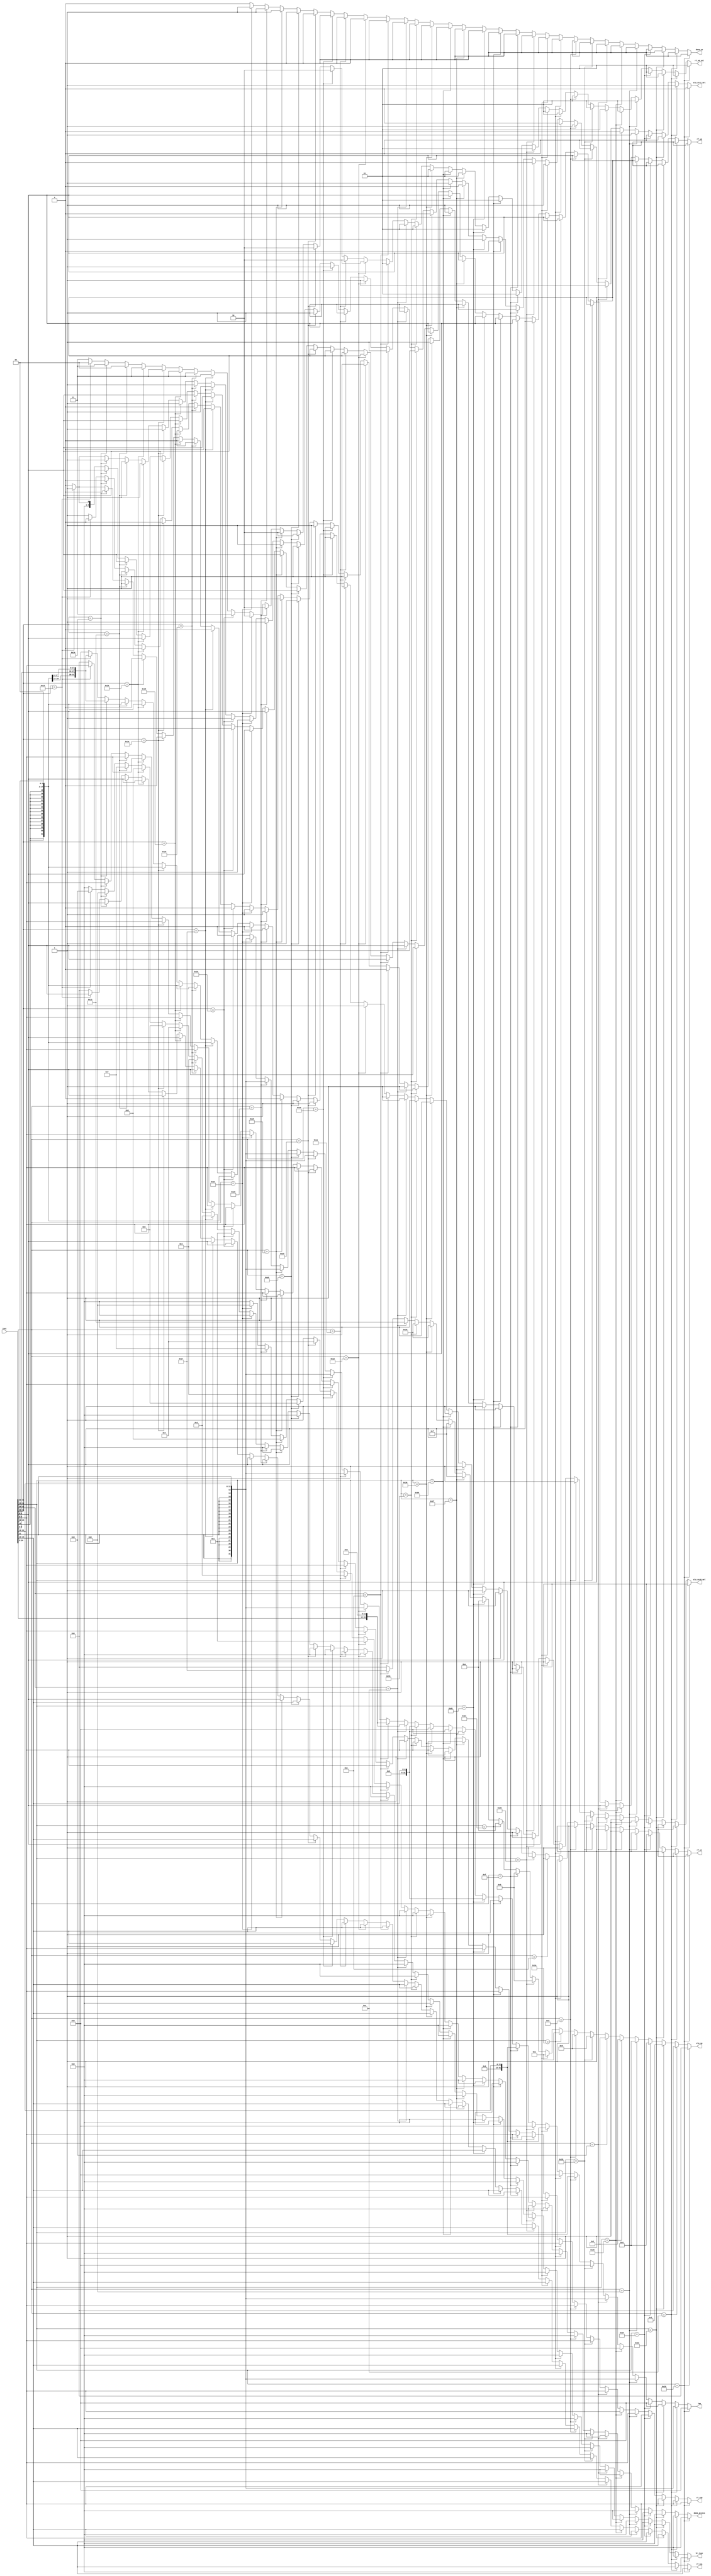
//`timescale 1ns / 1ps
//////////////////////////////////////////////////////////////////////////////////
// Company: 
// Engineer: 
// 
// Design Name: 
// Module Name: DECODE
// Project Name: 
// Target Devices: 
// Tool Versions: 
// Description: 
// 
// Dependencies: 
// 
// Revision:
// Revision 0.01 - File Created
// Additional Comments:
// 
//////////////////////////////////////////////////////////////////////////////////


module DECODE (
    input                   [31 : 0]            inst,

    output      reg         [ 4 : 0]            alu_op,

    output      reg         [ 3 : 0]            dmem_access,

    output      reg         [31 : 0]            imm,

    output      reg         [ 4 : 0]            rf_ra0,
    output      reg         [ 4 : 0]            rf_ra1,
    output      reg         [ 4 : 0]            rf_wa,
    output      reg         [ 0 : 0]            rf_we,
    output      reg         [ 1 : 0]            rf_wd_sel,

    output      reg         [ 0 : 0]            alu_src0_sel,
    output      reg         [ 0 : 0]            alu_src1_sel,

    output      reg         [ 3 : 0]            br_type,
    output      reg         [ 0 : 0]            dmem_we
);

always @(*) begin
    if(inst[31:15] == 17'b0000_0000_0001_00000)begin//add.w rd,rj,rk
        alu_op = 5'b00000;//0
        imm = 32'b0;
        rf_ra0 = inst[9 : 5];           //ra0 = rj
        rf_ra1 = inst[14:10];           //ra1 = rk
        rf_wa  = inst[4 : 0];           //wa  = rd
        rf_we  = 1'b1;
        alu_src0_sel = 1'b1;
        alu_src1_sel = 1'b0;

        dmem_access = 4'b0000;
        rf_wd_sel = 2'b01;
        br_type = 4'b0000;
        dmem_we = 1'b0;
    end

    else if(inst[31:22] == 10'b00000_01010)begin//addi.w rd,rj,si12
        alu_op = 5'b00000;//0
        imm = {{20{inst[21]}},inst[21:10]};
        rf_ra0 = inst[9 : 5];           //ra0 = rj
        rf_ra1 = inst[14:10];           //ra1 = rk
        rf_wa  = inst[4 : 0];           //wa  = rd
        rf_we  = 1'b1;
        alu_src0_sel = 1'b1;
        alu_src1_sel = 1'b1;

        dmem_access = 4'b0000;
        rf_wd_sel = 2'b01;
        br_type = 4'b0000;
        dmem_we = 1'b0;

    end

    else if(inst[31:15] == 17'b0000_0000_0001_00010)begin//sub.w rd,rj,rk
        alu_op = 5'b00010;//2
        imm = 32'b0;
        rf_ra0 = inst[9 : 5];           //ra0 = rj
        rf_ra1 = inst[14:10];           //ra1 = rk
        rf_wa  = inst[4 : 0];           //wa  = rd
        rf_we  = 1'b1;
        alu_src0_sel = 1'b1;
        alu_src1_sel = 1'b0;

        dmem_access = 4'b0000;
        rf_wd_sel = 2'b01;
        br_type = 4'b0000;
        dmem_we = 1'b0;

    end

    else if(inst[31:15] == 17'b0000_0000_0001_00100)begin//slt rd,rj,rk
        alu_op = 5'b00100;//4
        imm = 32'b0;
        rf_ra0 = inst[9 : 5];           //ra0 = rj
        rf_ra1 = inst[14:10];           //ra1 = rk
        rf_wa  = inst[4 : 0];           //wa  = rd
        rf_we  = 1'b1;
        alu_src0_sel = 1'b1;
        alu_src1_sel = 1'b0;

        dmem_access = 4'b0000;
        rf_wd_sel = 2'b01;
        br_type = 4'b0000;

        dmem_we = 1'b0;
    end

    else if(inst[31:22] == 10'b00000_01000)begin//slti.w rd,rj,si12
        alu_op = 5'b00100;//4
        imm = {{20{inst[21]}},inst[21:10]};
        rf_ra0 = inst[9 : 5];           //ra0 = rj
        rf_ra1 = inst[14:10];           //ra1 = rk
        rf_wa  = inst[4 : 0];           //wa  = rd
        rf_we  = 1'b1;
        alu_src0_sel = 1'b1;
        alu_src1_sel = 1'b1;

        dmem_access = 4'b0000;
        rf_wd_sel = 2'b01;
        br_type = 4'b0000;
        dmem_we = 1'b0;
    end

    else if(inst[31:15] == 17'b0000_0000_0001_00101)begin//sltu rd,rj,rk
        alu_op = 5'b00101;//5
        imm = 32'b0;
        rf_ra0 = inst[9 : 5];           //ra0 = rj
        rf_ra1 = inst[14:10];           //ra1 = rk
        rf_wa  = inst[4 : 0];           //wa  = rd
        rf_we  = 1'b1;
        alu_src0_sel = 1'b1;
        alu_src1_sel = 1'b0;

        dmem_access = 4'b0000;
        rf_wd_sel = 2'b01;
        br_type = 4'b0000;
        dmem_we = 1'b0;

    end

    else if(inst[31:22] == 10'b00000_01001)begin//sltui.w rd,rj,si12
        alu_op = 5'b00101;//5
        imm = {{20{inst[21]}},inst[21:10]};
        rf_ra0 = inst[9 : 5];           //ra0 = rj
        rf_ra1 = inst[14:10];           //ra1 = rk
        rf_wa  = inst[4 : 0];           //wa  = rd
        rf_we  = 1'b1;
        alu_src0_sel = 1'b1;
        alu_src1_sel = 1'b1;

        dmem_access = 4'b0000;
        rf_wd_sel = 2'b01;
        br_type = 4'b0000;

        dmem_we = 1'b0;
    end

    else if(inst[31:15] == 17'b0000_0000_0001_01001)begin//and rd,rj,rk
        alu_op = 5'b01001;//9
        imm = 32'b0;
        rf_ra0 = inst[9 : 5];           //ra0 = rj
        rf_ra1 = inst[14:10];           //ra1 = rk
        rf_wa  = inst[4 : 0];           //wa  = rd
        rf_we  = 1'b1;
        alu_src0_sel = 1'b1;
        alu_src1_sel = 1'b0;

        dmem_access = 4'b0000;
        rf_wd_sel = 2'b01;
        br_type = 4'b0000;

        dmem_we = 1'b0;
    end

    else if(inst[31:22] == 10'b00000_01101)begin//andi.w rd,rj,usi12
        alu_op = 5'b01001;//9
        imm = {{20{1'b0}},inst[21:10]};
        rf_ra0 = inst[9 : 5];           //ra0 = rj
        rf_ra1 = inst[14:10];           //ra1 = rk
        rf_wa  = inst[4 : 0];           //wa  = rd
        rf_we  = 1'b1;
        alu_src0_sel = 1'b1;
        alu_src1_sel = 1'b1;

        dmem_access = 4'b0000;
        rf_wd_sel = 2'b01;
        br_type = 4'b0000;

        dmem_we = 1'b0;
    end

    else if(inst[31:15] == 17'b0000_0000_0001_01010)begin//or rd,rj,rk
        alu_op = 5'b01010;//10
        imm = 32'b0;
        rf_ra0 = inst[9 : 5];           //ra0 = rj
        rf_ra1 = inst[14:10];           //ra1 = rk
        rf_wa  = inst[4 : 0];           //wa  = rd
        rf_we  = 1'b1;
        alu_src0_sel = 1'b1;
        alu_src1_sel = 1'b0;

        dmem_access = 4'b0000;
        rf_wd_sel = 2'b01;
        br_type = 4'b0000;

        dmem_we = 1'b0;
    end

    else if(inst[31:22] == 10'b00000_01110)begin//ori.w rd,rj,si12
        alu_op = 5'b01010;//10
        imm = {{20{1'b0}},inst[21:10]};
        rf_ra0 = inst[9 : 5];           //ra0 = rj
        rf_ra1 = inst[14:10];           //ra1 = rk
        rf_wa  = inst[4 : 0];           //wa  = rd
        rf_we  = 1'b1;
        alu_src0_sel = 1'b1;
        alu_src1_sel = 1'b1;

        dmem_access = 4'b0000;
        rf_wd_sel = 2'b01;
        br_type = 4'b0000;

        dmem_we = 1'b0;
    end

    else if(inst[31:15] == 17'b0000_0000_0001_01011)begin//xor rd,rj,rk
        alu_op = 5'b01011;//11
        imm = 32'b0;
        rf_ra0 = inst[9 : 5];           //ra0 = rj
        rf_ra1 = inst[14:10];           //ra1 = rk
        rf_wa  = inst[4 : 0];           //wa  = rd
        rf_we  = 1'b1;
        alu_src0_sel = 1'b1;
        alu_src1_sel = 1'b0;

        dmem_access = 4'b0000;
        rf_wd_sel = 2'b01;
        br_type = 4'b0000;

        dmem_we = 1'b0;
    end

    else if(inst[31:22] == 10'b00000_01111)begin//xori.w rd,rj,si12
        alu_op = 5'b01011;//11
        imm = {{20{1'b0}},inst[21:10]};
        rf_ra0 = inst[9 : 5];           //ra0 = rj
        rf_ra1 = inst[14:10];           //ra1 = rk
        rf_wa  = inst[4 : 0];           //wa  = rd
        rf_we  = 1'b1;
        alu_src0_sel = 1'b1;
        alu_src1_sel = 1'b1;

        dmem_access = 4'b0000;
        rf_wd_sel = 2'b01;
        br_type = 4'b0000;

        dmem_we = 1'b0;
    end

    else if(inst[31:15] == 17'b0000_0000_0001_01110)begin//sll.w rd,rj,rk
        alu_op = 5'b01110;//14
        imm = 32'b0;
        rf_ra0 = inst[9 : 5];           //ra0 = rj
        rf_ra1 = inst[14:10];           //ra1 = rk
        rf_wa  = inst[4 : 0];           //wa  = rd
        rf_we  = 1'b1;
        alu_src0_sel = 1'b1;
        alu_src1_sel = 1'b0;

        dmem_access = 4'b0000;
        rf_wd_sel = 2'b01;
        br_type = 4'b0000;

        dmem_we = 1'b0;
    end

    else if(inst[31:15] == 17'b0000_0000_0100_00001)begin//slli.w rd,rj,si12
        alu_op = 5'b01110;//14
        imm = {{27{1'b0}},inst[14:10]};
        rf_ra0 = inst[9 : 5];           //ra0 = rj
        rf_ra1 = inst[14:10];           //ra1 = rk
        rf_wa  = inst[4 : 0];           //wa  = rd
        rf_we  = 1'b1;
        alu_src0_sel = 1'b1;
        alu_src1_sel = 1'b1;

        dmem_access = 4'b0000;
        rf_wd_sel = 2'b01;
        br_type = 4'b0000;

        dmem_we = 1'b0;
    end

    else if(inst[31:15] == 17'b0000_0000_0001_01111)begin//srl.w rd,rj,rk
        alu_op = 5'b01111;//15
        imm = 32'b0;
        rf_ra0 = inst[9 : 5];           //ra0 = rj
        rf_ra1 = inst[14:10];           //ra1 = rk
        rf_wa  = inst[4 : 0];           //wa  = rd
        rf_we  = 1'b1;
        alu_src0_sel = 1'b1;
        alu_src1_sel = 1'b0;

        dmem_access = 4'b0000;
        rf_wd_sel = 2'b01;
        br_type = 4'b0000;

        dmem_we = 1'b0;
    end

    else if(inst[31:15] == 17'b0000_0000_0100_01001)begin//srli.w rd,rj,si12
        alu_op = 5'b01111;//15
        imm = {{27{1'b0}},inst[14:10]};
        rf_ra0 = inst[9 : 5];           //ra0 = rj
        rf_ra1 = inst[14:10];           //ra1 = rk
        rf_wa  = inst[4 : 0];           //wa  = rd
        rf_we  = 1'b1;
        alu_src0_sel = 1'b1;
        alu_src1_sel = 1'b1;

        dmem_access = 4'b0000;
        rf_wd_sel = 2'b01;
        br_type = 4'b0000;

        dmem_we = 1'b0;
    end

    else if(inst[31:15] == 17'b0000_0000_0001_10000)begin//sra.w rd,rj,rk
        alu_op = 5'b10000;//16
        imm = 32'b0;
        rf_ra0 = inst[9 : 5];           //ra0 = rj
        rf_ra1 = inst[14:10];           //ra1 = rk
        rf_wa  = inst[4 : 0];           //wa  = rd
        rf_we  = 1'b1;
        alu_src0_sel = 1'b1;
        alu_src1_sel = 1'b0;

        dmem_access = 4'b0000;
        rf_wd_sel = 2'b01;
        br_type = 4'b0000;

        dmem_we = 1'b0;
    end
    
    else if(inst[31:15] == 17'b0000_0000_0100_10001)begin//srai.w rd,rj,si12
        alu_op = 5'b10000;//16
        imm = {{27{1'b0}},inst[14:10]};
        rf_ra0 = inst[9 : 5];           //ra0 = rj
        rf_ra1 = inst[14:10];           //ra1 = rk
        rf_wa  = inst[4 : 0];           //wa  = rd
        rf_we  = 1'b1;
        alu_src0_sel = 1'b1;
        alu_src1_sel = 1'b1;

        dmem_access = 4'b0000;
        rf_wd_sel = 2'b01;
        br_type = 4'b0000;

        dmem_we = 1'b0;
    end

    else if(inst[31:25] == 7'b000_1010)begin//lu12i.w rd,si20
        alu_op = 5'b10011;//19
        imm = {inst[24:5],{12{1'b0}}};
        rf_ra0 = inst[9 : 5];           //ra0 = rj
        rf_ra1 = inst[14:10];           //ra1 = rk
        rf_wa  = inst[4 : 0];           //wa  = rd
        rf_we  = 1'b1;
        alu_src0_sel = 1'b1;
        alu_src1_sel = 1'b1;

        dmem_access = 4'b0000;
        rf_wd_sel = 2'b01;
        br_type = 4'b0000;

        dmem_we = 1'b0;
    end

    else if(inst[31:25] == 7'b000_1110)begin//pcaddu12i rd,si20
        alu_op = 5'b10111;//23
        imm = {inst[24:5],{12{1'b0}}};
        rf_ra0 = inst[9 : 5];           //ra0 = rj
        rf_ra1 = inst[14:10];           //ra1 = rk
        rf_wa  = inst[4 : 0];           //wa  = rd
        rf_we  = 1'b1;
        alu_src0_sel = 1'b0;
        alu_src1_sel = 1'b1;

        dmem_access = 4'b0000;
        rf_wd_sel = 2'b01;
        br_type = 4'b0000;

        dmem_we = 1'b0;
    end

//----------------------------------------------------------------------
//----------------------------------------------------------------------
//----------------------------------------------------------------------

    //
    else if(inst[31:22] == 10'b00101_00010)begin//ld.w rd,rj,si12----------LD : 24
        alu_op = 5'b00000;//24
        imm = {{20{inst[21]}},inst[21:10]};
        rf_ra0 = inst[9 : 5];           //ra0 = rj
        rf_ra1 = inst[14:10];           //ra1 = rk
        rf_wa  = inst[4 : 0];           //wa  = rd
        rf_we  = 1'b1;
        alu_src0_sel = 1'b1;
        alu_src1_sel = 1'b1;

        dmem_access = 4'b0001;
        rf_wd_sel = 2'b10;
        br_type = 4'b0;

        dmem_we = 1'b0;

    end
    else if(inst[31:22] == 10'b00101_00001)begin//ld.h rd,rj,si12----------LD : 24
        alu_op = 5'b00000;//24
        imm = {{20{inst[21]}},inst[21:10]};
        rf_ra0 = inst[9 : 5];           //ra0 = rj
        rf_ra1 = inst[14:10];           //ra1 = rk
        rf_wa  = inst[4 : 0];           //wa  = rd
        rf_we  = 1'b1;
        alu_src0_sel = 1'b1;
        alu_src1_sel = 1'b1;

        dmem_access = 4'b0010;
        rf_wd_sel = 2'b10;
        br_type = 4'b0;

        dmem_we = 1'b0;
        
    end
    else if(inst[31:22] == 10'b00101_00000)begin//ld.b rd,rj,si12----------LD : 24
        alu_op = 5'b00000;//24
        imm = {{20{inst[21]}},inst[21:10]};
        rf_ra0 = inst[9 : 5];           //ra0 = rj
        rf_ra1 = inst[14:10];           //ra1 = rk
        rf_wa  = inst[4 : 0];           //wa  = rd
        rf_we  = 1'b1;
        alu_src0_sel = 1'b1;
        alu_src1_sel = 1'b1;

        dmem_access = 4'b0011;
        rf_wd_sel = 2'b10;
        br_type = 4'b0;

        dmem_we = 1'b0;
        
    end

    else if(inst[31:22] == 10'b00101_01001)begin//ld.hu rd,rj,si12----------LD : 24
        alu_op = 5'b00000;//24
        imm = {{20{inst[21]}},inst[21:10]};
        rf_ra0 = inst[9 : 5];           //ra0 = rj
        rf_ra1 = inst[14:10];           //ra1 = rk
        rf_wa  = inst[4 : 0];           //wa  = rd
        rf_we  = 1'b1;
        alu_src0_sel = 1'b1;
        alu_src1_sel = 1'b1;

        dmem_access = 4'b0100;
        rf_wd_sel = 2'b10;
        br_type = 4'b0;

        dmem_we = 1'b0;
        
    end

    else if(inst[31:22] == 10'b00101_01000)begin//ld.bu rd,rj,si12----------LD : 24
        alu_op = 5'b00000;//24
        imm = {{20{inst[21]}},inst[21:10]};
        rf_ra0 = inst[9 : 5];           //ra0 = rj
        rf_ra1 = inst[14:10];           //ra1 = rk
        rf_wa  = inst[4 : 0];           //wa  = rd
        rf_we  = 1'b1;
        alu_src0_sel = 1'b1;
        alu_src1_sel = 1'b1;

        dmem_access = 4'b0101;
        rf_wd_sel = 2'b10;
        br_type = 4'b0;

        dmem_we = 1'b0;
        
    end

    else if(inst[31:22] == 10'b00101_00110)begin//st.w rd,rj,si12----------SW : 25
        alu_op = 5'b00000;//25
        imm = {{20{inst[21]}},inst[21:10]};
        rf_ra0 = inst[9 : 5];           //ra0 = rj
        rf_ra1 = inst[4 : 0];           //ra1 = rd
        rf_wa  = inst[4 : 0];           //wa  = rd
        rf_we  = 1'b0;
        alu_src0_sel = 1'b1;
        alu_src1_sel = 1'b1;

        dmem_access = 4'b0110;
        rf_wd_sel = 2'b10;
        br_type = 4'b0;

        dmem_we = 1'b1;
        
    end

    else if(inst[31:22] == 10'b00101_00101)begin//st.h rd,rj,si12----------SW : 25
        alu_op = 5'b00000;//25
        imm = {{20{inst[21]}},inst[21:10]};
        rf_ra0 = inst[9 : 5];           //ra0 = rj
        rf_ra1 = inst[4 : 0];           //ra1 = rk
        rf_wa  = inst[4 : 0];           //wa  = rd
        rf_we  = 1'b0;
        alu_src0_sel = 1'b1;
        alu_src1_sel = 1'b1;

        dmem_access = 4'b0111;
        rf_wd_sel = 2'b10;
        br_type = 4'b0;
        
        dmem_we = 1'b1;
    end
    
    else if(inst[31:22] == 10'b00101_00100)begin//st.b rd,rj,si12----------SW : 25
        alu_op = 5'b00000;//25
        imm = {{20{inst[21]}},inst[21:10]};
        rf_ra0 = inst[9 : 5];           //ra0 = rj
        rf_ra1 = inst[4 : 0];           //ra1 = rk
        rf_wa  = inst[4 : 0];           //wa  = rd
        rf_we  = 1'b0;
        alu_src0_sel = 1'b1;
        alu_src1_sel = 1'b1;

        dmem_access = 4'b1000;
        rf_wd_sel = 2'b10;
        br_type = 4'b0;

        dmem_we = 1'b1;
        
    end


//
//----------------------------------------------------------------
//----------------------------------------------------------------------
//----------------------------------------------------------------------
//----------------------------------------------------------------------


    else if(inst[31:26] == 6'b010_110)begin//beq rj,rd,offs----------beq : 29
        //alu_op = 5'b11101;//29
        alu_op = 5'b00000;//29
        imm = {{14{inst[25]}},inst[25:10],2'b0};//offset
        rf_ra0 = inst[9 : 5];           //ra0 = rj
        rf_ra1 = inst[4 : 0];           //ra1 = rd

        rf_wa  = inst[4 : 0];           //wa  = rd
        rf_we  = 1'b0;
        alu_src0_sel = 1'b0;
        alu_src1_sel = 1'b1;

        dmem_access = 4'b0000;
        rf_wd_sel = 2'b11;
        br_type = 4'b0001;
        dmem_we = 1'b0;
        
    end
    
    else if(inst[31:26] == 6'b010_111)begin//bne rj,rd,offs----------bne : 30
        //alu_op = 5'b11110;//30
        alu_op = 5'b00000;
        imm = {{14{inst[25]}},inst[25:10],2'b0};//offset
        rf_ra0 = inst[9 : 5];           //ra0 = rj
        rf_ra1 = inst[4 : 0];           //ra1 = rd

        rf_wa  = inst[4 : 0];           //wa  = rd
        rf_we  = 1'b0;
        alu_src0_sel = 1'b0;
        alu_src1_sel = 1'b1;

        dmem_access = 4'b0000;
        rf_wd_sel = 2'b11;
        br_type = 4'b0010;
        dmem_we = 1'b0;

    end

    else if(inst[31:26] == 6'b011_000)begin//blt rj,rd,offs----------blt : 31
        //alu_op = 5'b11111;//31
        alu_op = 5'b00000;
        imm = {{14{inst[25]}},inst[25:10],2'b0};//offset
        rf_ra0 = inst[9 : 5];           //ra0 = rj
        rf_ra1 = inst[4 : 0];           //ra1 = rd

        rf_wa  = inst[4 : 0];           //wa  = rd
        rf_we  = 1'b0;
        alu_src0_sel = 1'b0;
        alu_src1_sel = 1'b1;

        dmem_access = 4'b0000;
        rf_wd_sel = 2'b11;
        br_type = 4'b0011;
        dmem_we = 1'b0;

    end

    else if(inst[31:26] == 6'b011_001)begin//bge rj,rd,offs----------bge : 31
        //alu_op = 5'b11111;//31
        alu_op = 5'b00000;
        imm = {{14{inst[25]}},inst[25:10],2'b0};//offset
        rf_ra0 = inst[9 : 5];           //ra0 = rj
        rf_ra1 = inst[4 : 0];           //ra1 = rd

        rf_wa  = inst[4 : 0];           //wa  = rd
        rf_we  = 1'b0;
        alu_src0_sel = 1'b0;
        alu_src1_sel = 1'b1;

        dmem_access = 4'b0000;
        rf_wd_sel = 2'b11;
        br_type = 4'b0100;
        dmem_we = 1'b0;

    end

    else if(inst[31:26] == 6'b011_010)begin//bltu rj,rd,offs----------bltu : 31
        //alu_op = 5'b11111;//31
        alu_op = 5'b00000;
        imm = {{14{inst[25]}},inst[25:10],2'b0};//offset
        rf_ra0 = inst[9 : 5];           //ra0 = rj
        rf_ra1 = inst[4 : 0];           //ra1 = rd

        rf_wa  = inst[4 : 0];           //wa  = rd
        rf_we  = 1'b0;
        alu_src0_sel = 1'b0;
        alu_src1_sel = 1'b1;

        dmem_access = 4'b0000;
        rf_wd_sel = 2'b11;
        br_type = 4'b0101;
        dmem_we = 1'b0;
        
    end

    else if(inst[31:26] == 6'b011_011)begin//bgeu rj,rd,offs----------bgeu : 31
        //alu_op = 5'b11111;//31
        alu_op = 5'b00000;
        imm = {{14{inst[25]}},inst[25:10],2'b0};//offset
        rf_ra0 = inst[9 : 5];           //ra0 = rj
        rf_ra1 = inst[4 : 0];           //ra1 = rd

        rf_wa  = inst[4 : 0];           //wa  = rd
        rf_we  = 1'b0;
        alu_src0_sel = 1'b0;
        alu_src1_sel = 1'b1;

        dmem_access = 4'b0000;
        rf_wd_sel = 2'b11;
        br_type = 4'b0110;
        dmem_we = 1'b0;
        
    end
    else if(inst[31:26] == 6'b010_011)begin//jirl rd,rj,offs----------jirl : 26
        //alu_op = 5'b11010;//26
        alu_op = 5'b00000;
        imm = {{14{inst[25]}},inst[25:10],2'b0};//offset
        rf_ra0 = inst[9 : 5];           //ra0 = rj
        rf_ra1 = inst[4 : 0];           //ra1 = rd

        rf_wa  = inst[4 : 0];           //wa  = rd
        rf_we  = 1'b1;
        alu_src0_sel = 1'b1;
        alu_src1_sel = 1'b1;

        dmem_access = 4'b0000;
        rf_wd_sel = 2'b00;
        br_type = 4'b0111;
        dmem_we = 1'b0;

        
    end


    else if(inst[31:26] == 6'b010_100)begin//b offs----------b : 27
        //alu_op = 5'b11011;//27
        alu_op = 5'b00000;
        imm = {{4{inst[25]}},{inst[9:0]},{inst[25:10]},2'b0};//offset
        rf_ra0 = inst[9 : 5];           //ra0 = rj
        rf_ra1 = inst[4 : 0];           //ra1 = rd

        rf_wa  = inst[4 : 0];           //wa  = rd
        rf_we  = 1'b0;
        alu_src0_sel = 1'b0;
        alu_src1_sel = 1'b1;

        dmem_access = 4'b0000;
        rf_wd_sel = 2'b11;
        br_type = 4'b1000;
        dmem_we = 1'b0;

    end

    else if(inst[31:26] == 6'b010_101)begin//bl offs----------bl : 28
        //alu_op = 5'b11100;//28
        alu_op = 5'b00000;
        imm = {{4{inst[25]}},{inst[9:0]},{inst[25:10]},2'b0};//offset
        rf_ra0 = inst[9 : 5];           //ra0 = rj
        rf_ra1 = inst[4 : 0];           //ra1 = rd

        rf_wa  = 5'b00001;           //wa  = rd
        rf_we  = 1'b1;
        alu_src0_sel = 1'b0;
        alu_src1_sel = 1'b1;

        dmem_access = 4'b0000;
        rf_wd_sel = 2'b00;
        br_type = 4'b1001;
        dmem_we = 1'b0;
        
    end

    else begin
        alu_op = 5'b0;
        imm = 32'b0;
        rf_ra0 = 5'b0;
        rf_ra1 = 5'b0;
        rf_wa = 5'b0;
        rf_we = 1'b0;
        alu_src0_sel = 1'b1;
        alu_src1_sel = 1'b0;

        dmem_access = 4'b0000;
        rf_wd_sel = 2'b11;
        br_type = 4'b0000;
        dmem_we = 1'b0;
    end
end
endmodule